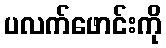
ပလက်ဖောင်းကို